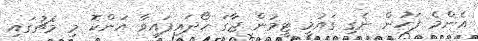
އެންމެ ފަހުން ނެގި ގައުމީ ޓީމުން ޖާގަ ހޯދައިފައިވާ އަންކޮ މި މެޗުގައި